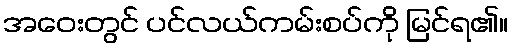
အဝေးတွင် ပင်လယ်ကမ်းစပ်ကို မြင်ရ၏။